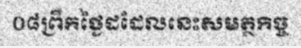
០៨ព្រឹកថ្ងៃដដែលនេះសមត្ថកិច្ច